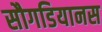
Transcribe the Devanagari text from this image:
सौगडियानस